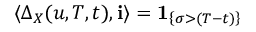
\langle \Delta _ { X } ( u , T , t ) , \mathbf { i } \rangle = \mathbf { 1 } _ { \left\{ \sigma > ( T - t ) \right\} }